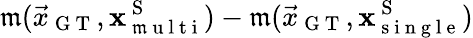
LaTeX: \mathfrak{m}(\vec{{x}}_{\mathrm{{~G~T~}}},\mathbf{{x}}_{\mathrm{{~\mathfrak{m}~u~l~t~i~}}}^{\mathrm{{~S~}}})-\mathfrak{m}(\vec{{x}}_{\mathrm{{~G~T~}}},\mathbf{{x}}_{\mathrm{{~s~i~n~g~l~e~}}}^{\mathrm{{~S~}}})